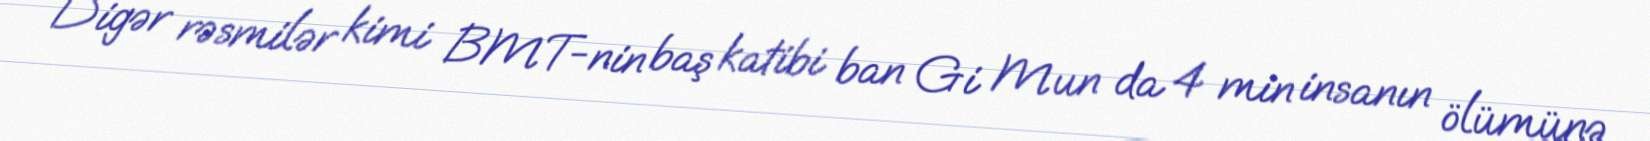
Digər rəsmilər kimi BMT-nin baş katibi ban Gi Mun da 4 min insanın ölümünə